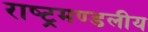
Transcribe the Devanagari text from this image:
राष्‍ट्रमण्‍डलीय